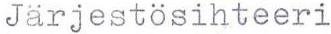
Järjestösihteeri